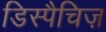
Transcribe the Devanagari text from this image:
डिस्पैचिज़